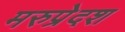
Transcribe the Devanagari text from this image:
मरुप्रेदश